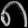
Digit: ၈